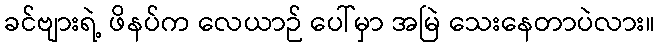
ခင်ဗျားရဲ့ ဖိနပ်က လေယာဉ် ပေါ်မှာ အမြဲ သေးနေတာပဲလား။